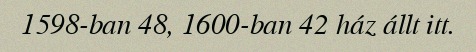
1598-ban 48, 1600-ban 42 ház állt itt.